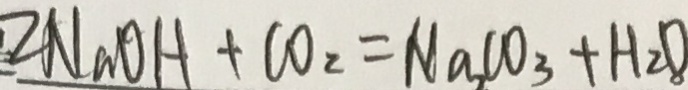
2 N a O H + C O _ { 2 } = N a C O _ { 3 } + H _ { 2 } O